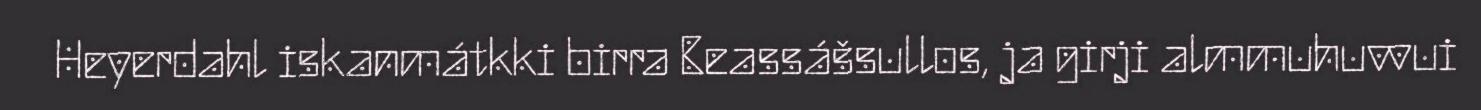
Heyerdahl iskanmátkki birra Beassášsullos, ja girji almmuhuvvui